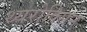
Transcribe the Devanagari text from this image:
थ्यरोक्सिन